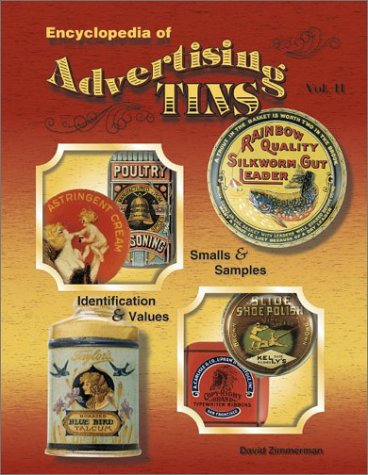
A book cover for Encyclopedia of Advertising Tins, Vol. 2: Smalls & Samples, Identification & Values; David Zimmerman; Crafts, Hobbies & Home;